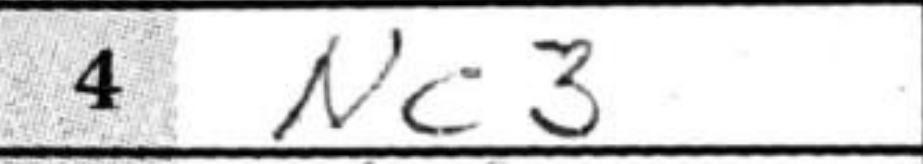
Transcription: Nc3